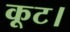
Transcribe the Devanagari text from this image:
कूट।